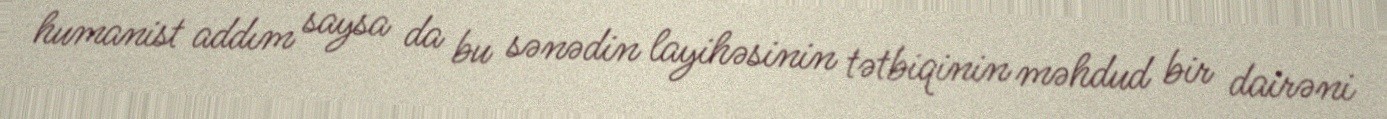
humanist addım saysa da bu sənədin layihəsinin tətbiqinin məhdud bir dairəni